Civil Veterinary Dept. Bombay admin report 1932-41 - 1932-1941
Year: 1932
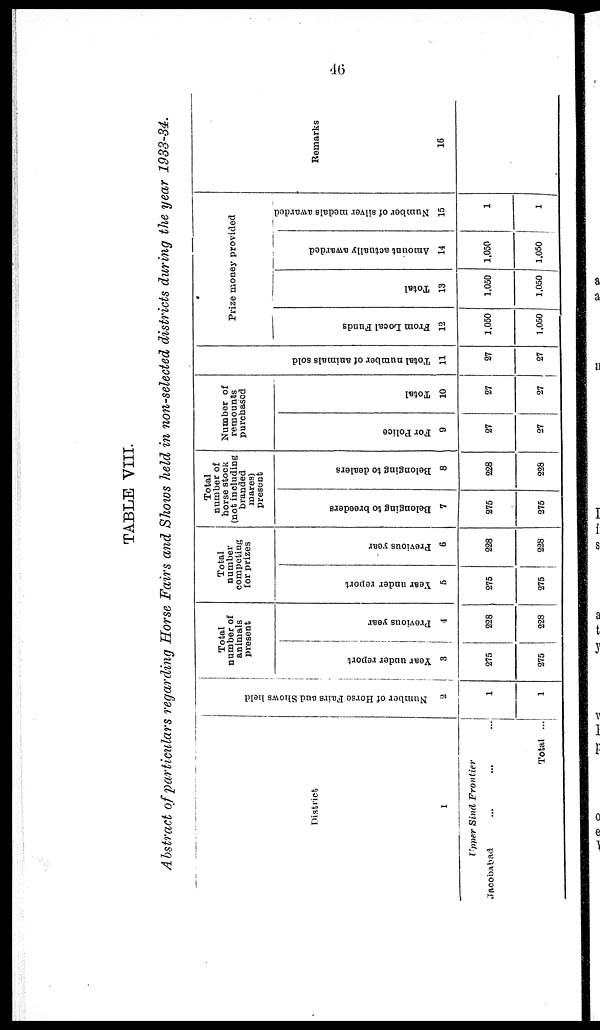
46
TABLE VIII.
Abstract of particulars regarding Horse Fairs and Shows held in non-selected districts during the year 1933-34.
District
1
Upper Sind
Frontier
Jacobabad
...
...
...
Total ...
Number of Horse Fairs and Shows held
2
1
1
Total
number of
animals
present
Year under report
3
275
275
Previous year
4
228
228
Total
number
competing
for prizes
Year under report
5
275
275
Previous year
6
228
228
Total
number of
horse stock
(not including
branded
mares)
present
Belonging to breeders
7
275
275
Belonging to dealers
8
228
228
Number of
remounts
purchased
For Police
9
27
27
Total
10
27
27
Tot al number of animals sold
11
27
27
Prize money provided
From Local Funds
12
1,050
1,050
Total
13
1,050
1,050
Amount actually awarded
14
1,050
1,050
Number of silver medals awarded
15
1
1
Remarks
16